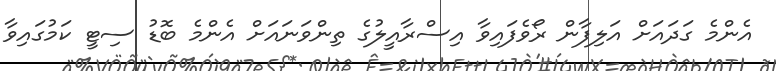
އެންމެ ގަދައަށް އަލިފާން ރޯވެފައިވާ އިސްރާއީލުގެ ތިންވަނައަށް އެންމެ ބޮޑު ސިޓީ ކަމުގައިވާ